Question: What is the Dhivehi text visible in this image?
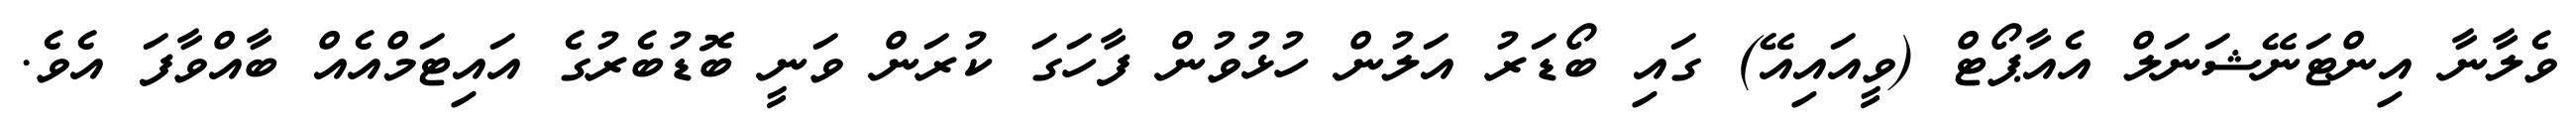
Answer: ވެލާނާ އިންޓަނޭޝަނަލް އެއާޕޯޓް (ވީއައިއޭ) ގައި ބޯޑަރު އަލުން ހުޅުވުން ފާހަގަ ކުރަން ވަނީ ބޮޑުބެރުގެ އައިޓަމްއެއް ބާއްވާފަ އެވެ.